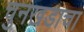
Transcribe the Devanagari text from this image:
चुनखडाचा